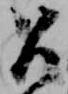
召